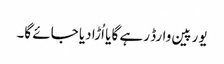
یورپین وارڈ رہے گا یا اُڑا دیا جائے گا۔